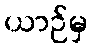
ယာဉ်မှ